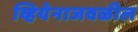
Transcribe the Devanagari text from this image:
व्हियेनाजवळील